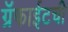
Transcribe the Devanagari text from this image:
ग्रॅफाईटची